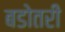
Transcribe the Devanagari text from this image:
बडोतरी